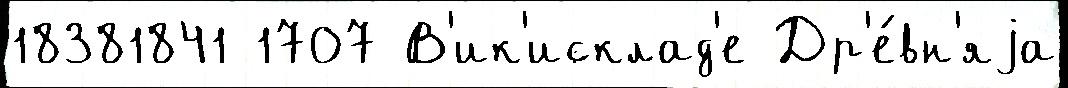
18381841 1707 В'ик'исклад'е Др'е́вн'яjа